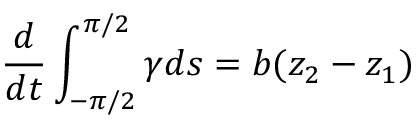
\frac { d } { d t } \int _ { - \pi / 2 } ^ { \pi / 2 } \gamma d s = b ( z _ { 2 } - z _ { 1 } )